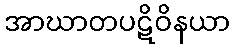
အာဃာတပဋိဝိနယာ